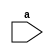
module even_no(input a);
  
task even(input x);    
    if(x%2==0)
      $display("The number is even");
    else
      $display("Enter some other number");
  endtask
    initial begin
      even(6);
      even(9);
    end
 endmodule